Indian journal of veterinary science and animal husbandry - Volume 9,
Year: 1939
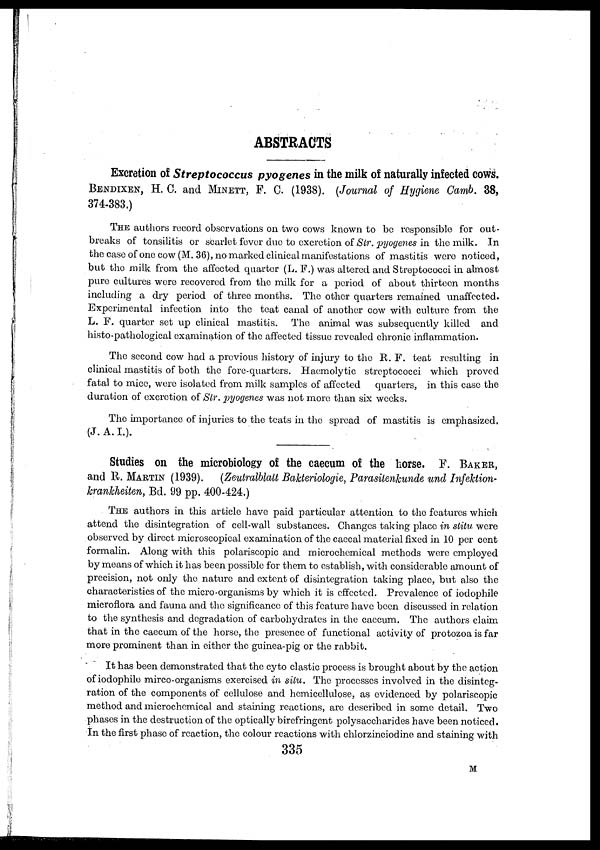
ABSTRACTS
Excretion of Streptococcus pyogenes in the milk of naturally infected cows.
BENDIXEN, H. C. and MINETT, F. C. (1938). (Journal of Hygiene Camb. 38,
374-383.)
THE authors record observations on two cows known to be responsible for out-
breaks of tonsilitis or scarlet fever due to excretion of Str. pyogenes in the milk. In
the case of one cow (M. 36), no marked clinical manifestations of mastitis were noticed,
but the milk from the affected quarter (L. F.) was altered and Streptococci in almost
pure cultures were recovered from the milk for a period of about thirteen months
including a dry period of three months. The other quarters remained unaffected.
Experimental infection into the teat canal of another cow with culture from the
L. F. quarter set up clinical mastitis. The animal was subsequently killed and
histo-pathological examination of the affected tissue revealed chronic inflammation.
The second cow had a previous history of injury to the R. F. teat resulting in
clinical mastitis of both the fore-quarters. Haemolytic streptococci which proved
fatal to mice, were isolated from milk samples of affected
quarters, in this case the
duration of excretion of Str. pyogenes was not more than six weeks.
The importance of injuries to the teats in the spread of mastitis is emphasized.
(J. A. I.).
Studies on the microbiology of the caecum of the horse. F. BAKER,
and R. MARTIN (1939). (Zeutralblatt Bakteriologie, Parasitenkunde und Infektion¬
krankheiten, Bd. 99 pp. 400-424.)
THE authors in this article have paid particular attention to the features which
attend the disintegration of cell-wall substances. Changes taking place in slitu were
observed by direct microscopical examination of the caecal material fixed in 10 per cent
formalin. Along with this polariscopic and microchemical methods were employed
by means of which it has been possible for them to establish, with considerable amount of
precision, not only the nature and extent of disintegration taking place, but also the
characteristics of the micro-organisms by which it is effected. Prevalence of iodophile
microflora and fauna and the significance of this feature have been discussed in relation
to the synthesis and degradation of carbohydrates in the caecum. The authors claim
that in the caecum of the horse, the presence of functional activity of protozoa is far
more prominent than in either the guinea-pig or the rabbit.
It has been demonstrated that the cyto clastic process is brought about by the action
of iodophile mirco-organisms exercised in situ. The processes involved in the disinteg-
ration of the components of cellulose and hemicellulose, as evidenced by polariscopic
method and microchemical and staining reactions, are described in some detail. Two
phases in the destruction of the optically birefringent polysaccharides have been noticed.
In the first phase of reaction, the colour reactions with chlorzinciodine and staining with
335
M